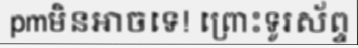
pmមិនអាចទេ! ព្រោះទូរស័ព្ទ